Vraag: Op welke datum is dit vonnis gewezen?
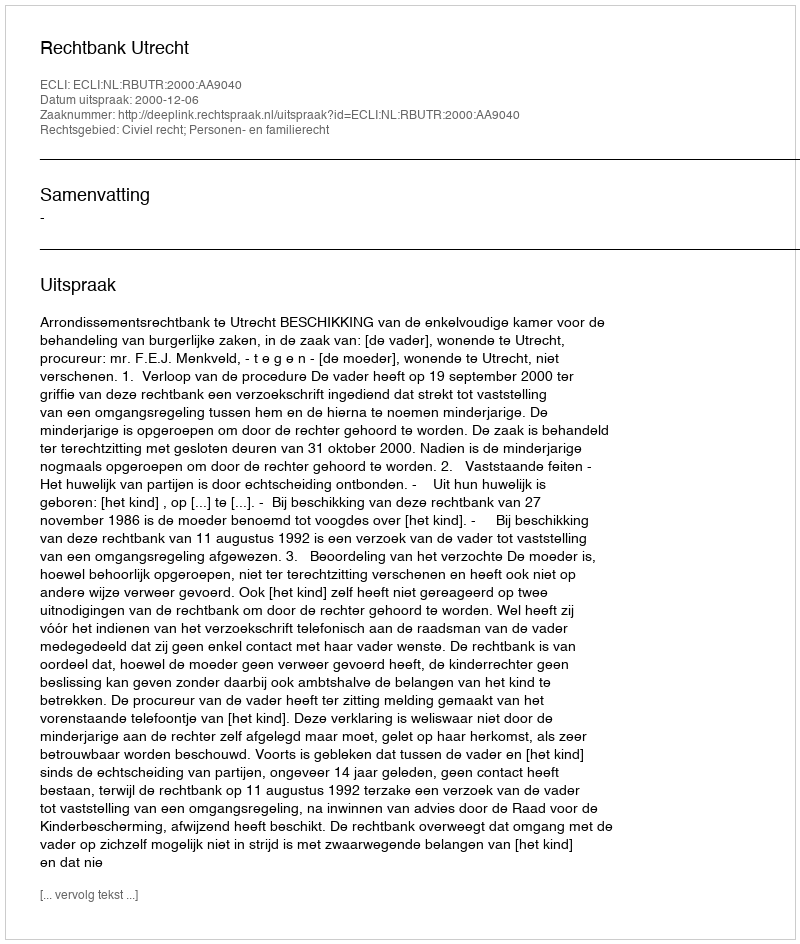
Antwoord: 2000-12-06